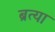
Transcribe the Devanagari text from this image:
ब्रत्या